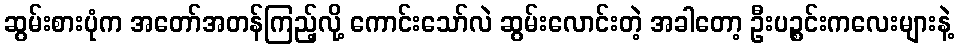
ဆွမ်းစားပုံက အတော်အတန်ကြည့်လို့ ကောင်းသော်လဲ ဆွမ်းလောင်းတဲ့ အခါတော့ ဦးပဉ္စင်းကလေးများနဲ့